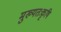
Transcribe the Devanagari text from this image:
मुख्यतःकृषि